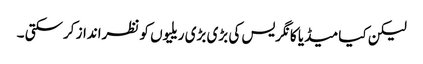
لیکن کیا میڈیا کانگریس کی بڑی بڑی ریلیوں کو نظرانداز کرسکتی ۔